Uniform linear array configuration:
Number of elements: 24
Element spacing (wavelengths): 0.5
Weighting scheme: kaiser
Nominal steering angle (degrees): -60
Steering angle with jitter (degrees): -59.463
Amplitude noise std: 0.05
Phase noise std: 0.05

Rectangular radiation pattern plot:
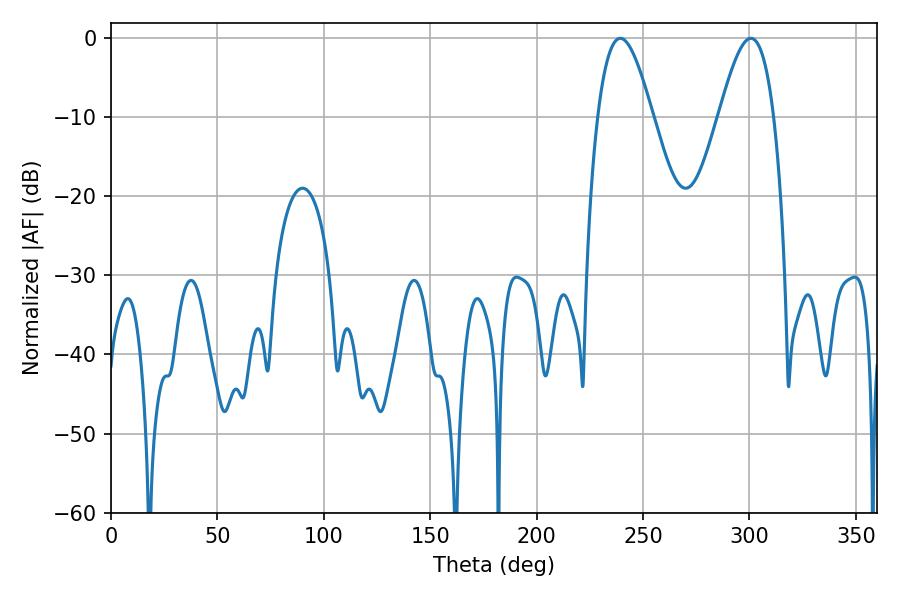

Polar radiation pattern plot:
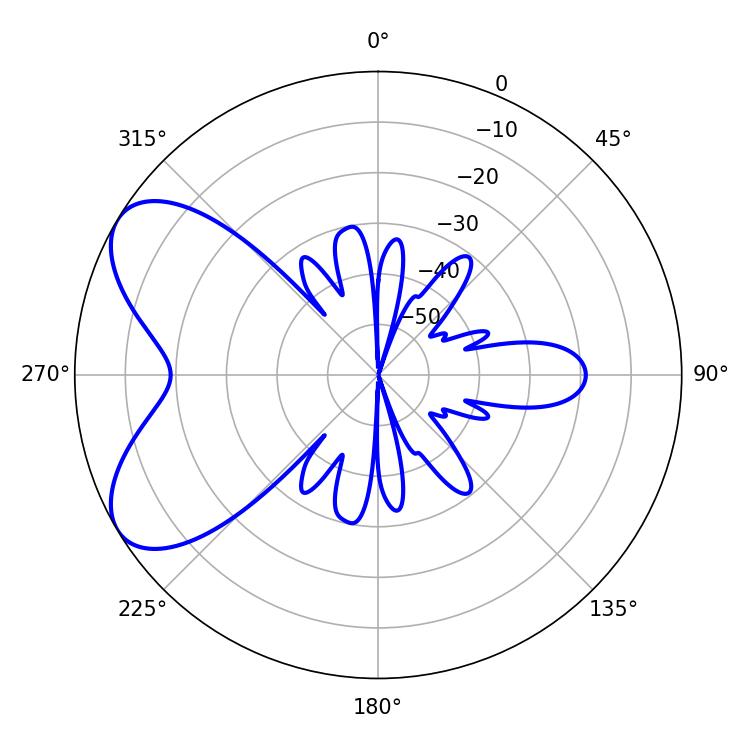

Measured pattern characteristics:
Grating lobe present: FALSE
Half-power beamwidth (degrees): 13.86
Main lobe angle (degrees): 239.4